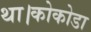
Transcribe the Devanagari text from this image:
था।कोकोडा